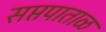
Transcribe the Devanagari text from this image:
सप्तपाताळ